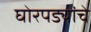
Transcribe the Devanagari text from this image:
घोरपड्यांचे